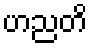
ဟညတိ